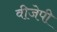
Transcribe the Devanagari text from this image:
वीजेपी